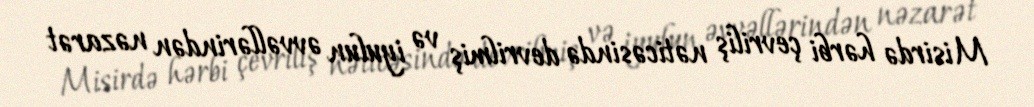
Misirdə hərbi çevriliş nəticəsində devrilmiş və iyulun əvvəllərindən nəzarət